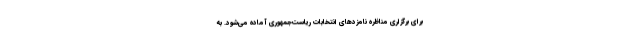
برای برگزاری مناظره نامزدهای انتخابات ریاست‌جمهوری آماده می‌شود. به